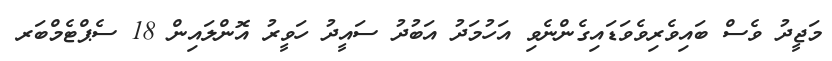
މަޖީދު ވެސް ބައިވެރިވެވަޑައިގެންނެވި އަހުމަދު އަބުދު ސައީދު ހަވީރު އޮންލައިން 18 ސެޕްޓެމްބަރ